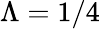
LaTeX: \Lambda=1/4